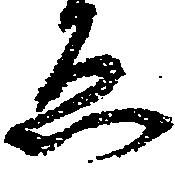
ゑ